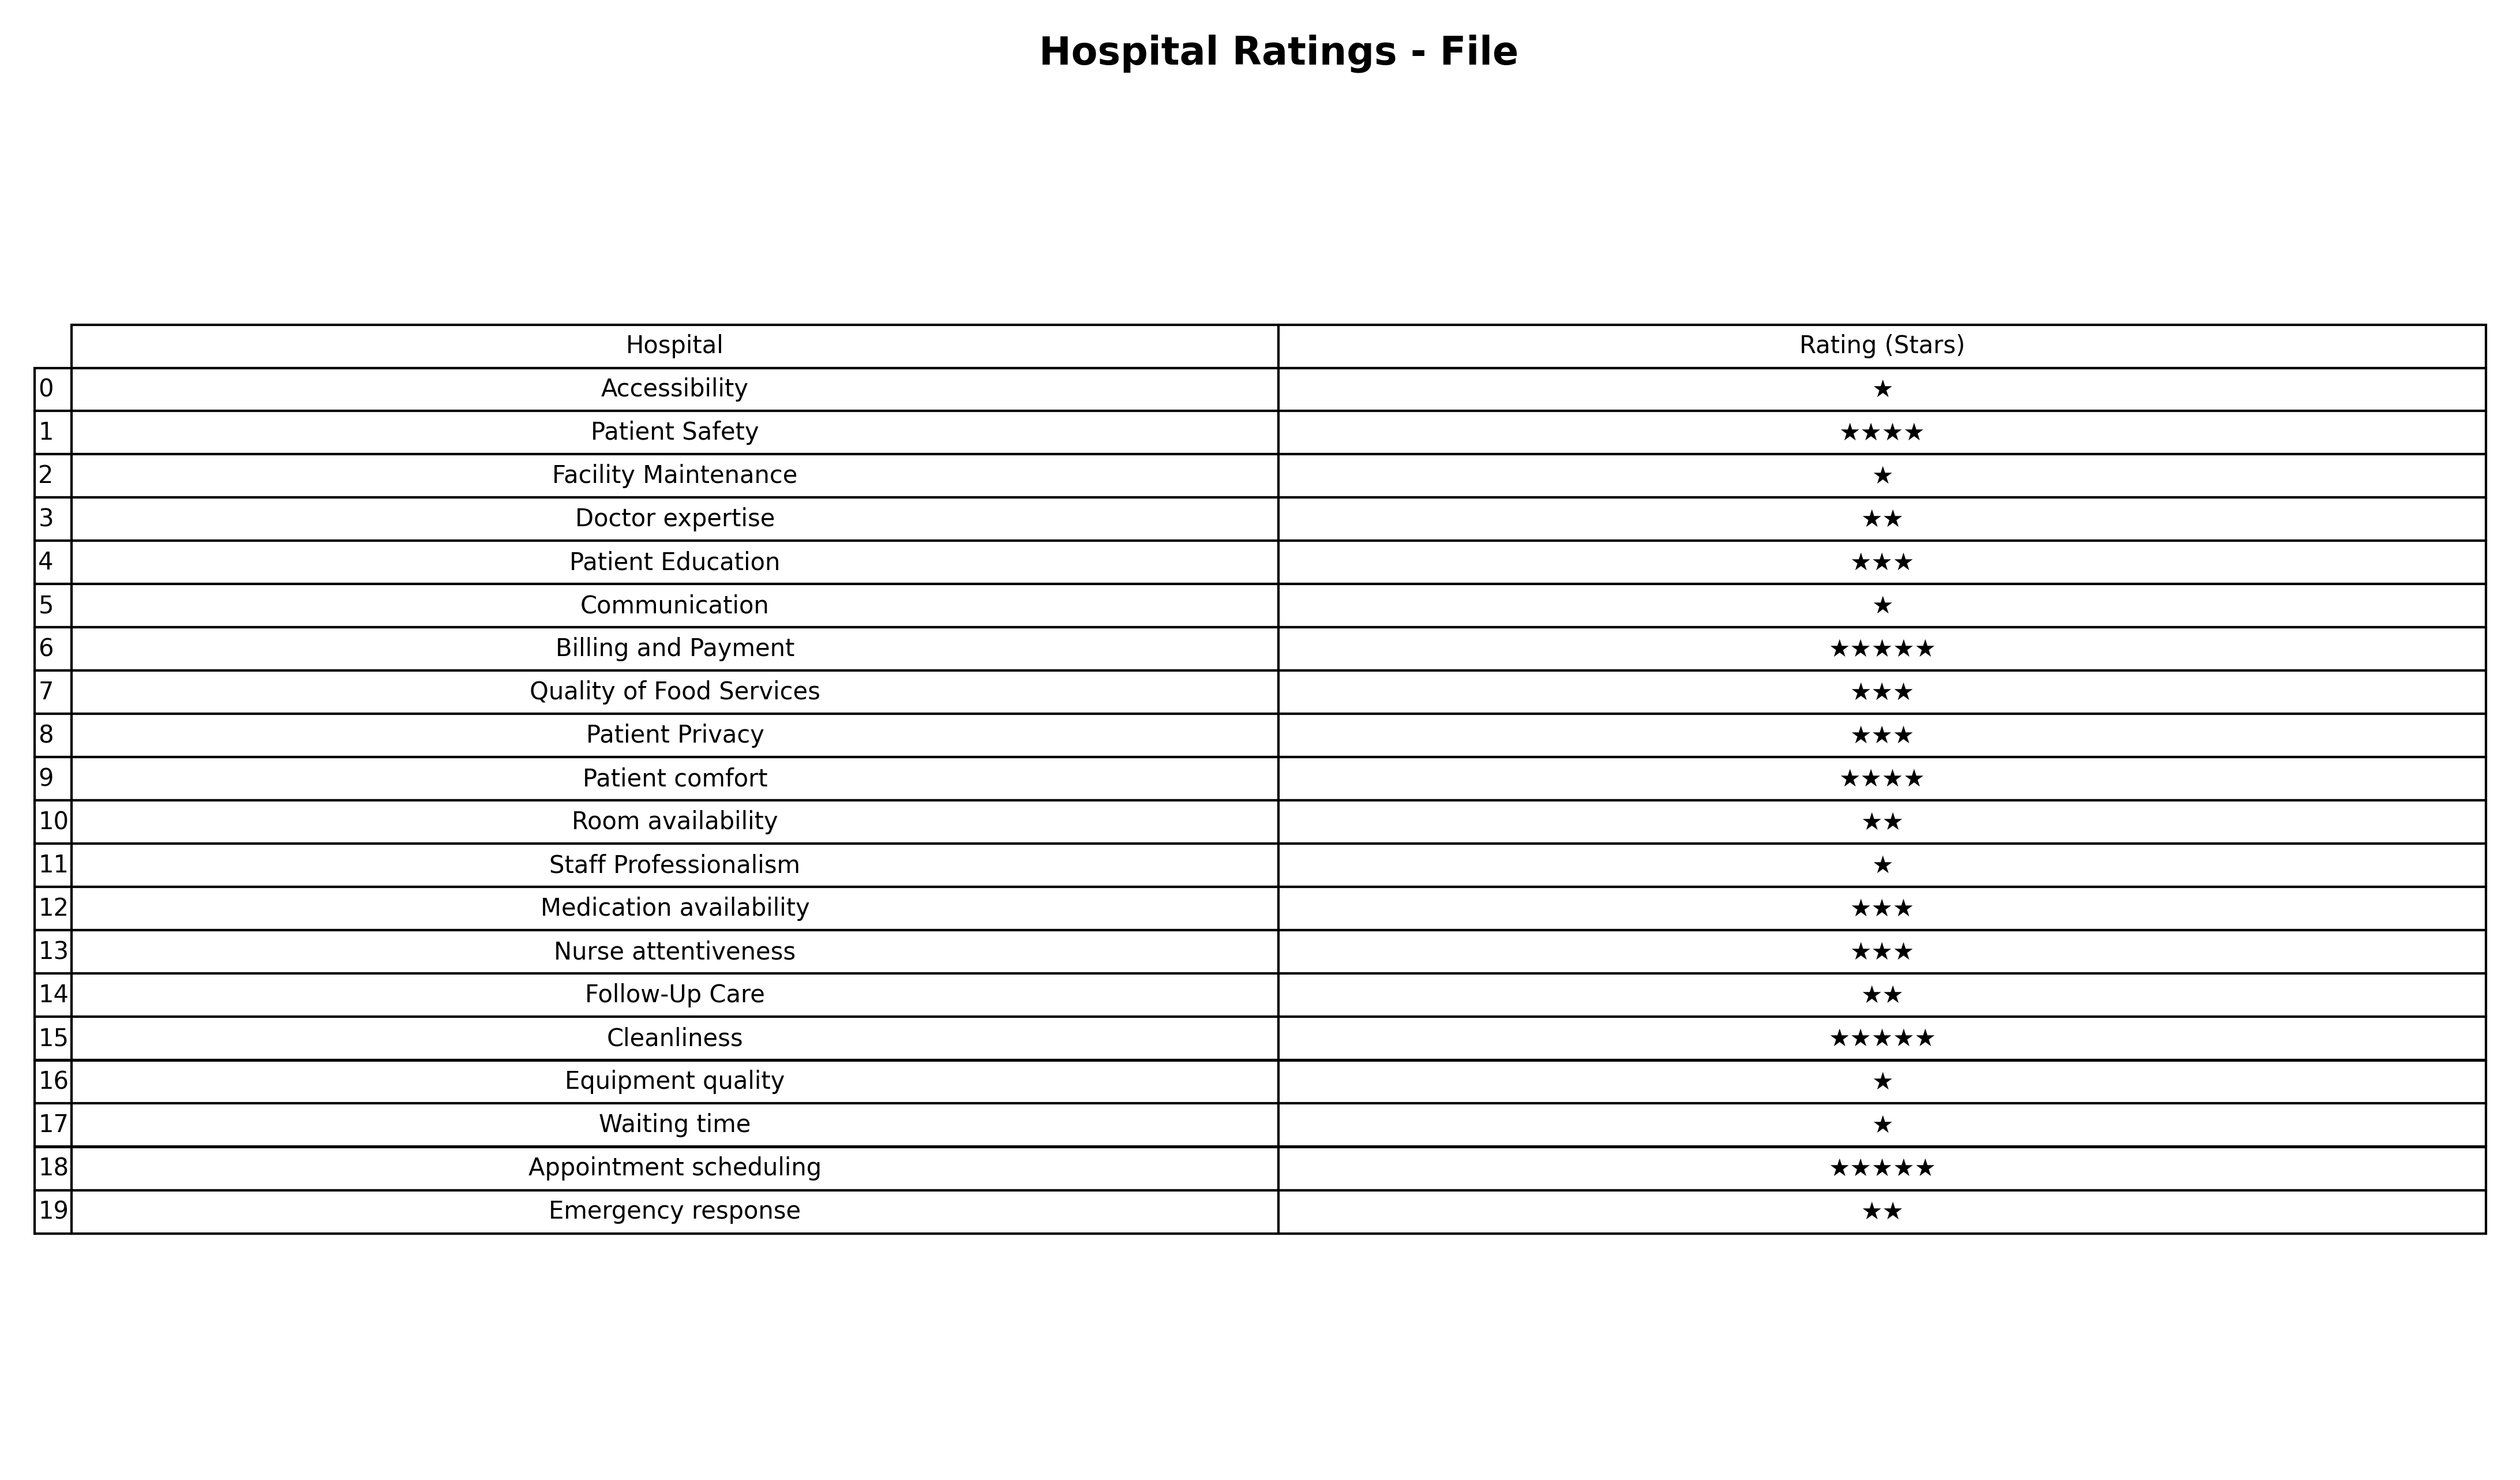
question: Which services are rated average?
answer: Patient EducationQuality of Food ServicesPatient PrivacyMedication availabilityNurse attentiveness